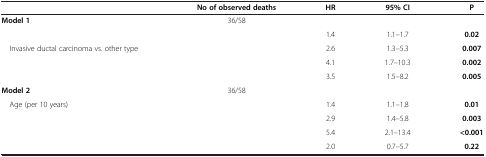
<table><thead><tr><td>[EMPTY_CELL]</td><td><b>No of observed deaths</b></td><td><b>HR</b></td><td><b>95% CI</b></td><td><b>P</b></td></tr></thead><tbody><tr><td><b>Model 1</b></td><td>36/58</td><td>[EMPTY_CELL]</td><td>[EMPTY_CELL]</td><td>[EMPTY_CELL]</td></tr><tr><td>[EMPTY_CELL]</td><td>[EMPTY_CELL]</td><td>1.4</td><td>1.1–1.7</td><td><b>0.02</b></td></tr><tr><td> Invasive ductal carcinoma vs. other type</td><td>[EMPTY_CELL]</td><td>2.6</td><td>1.3–5.3</td><td><b>0.007</b></td></tr><tr><td>[EMPTY_CELL]</td><td>[EMPTY_CELL]</td><td>4.1</td><td>1.7–10.3</td><td><b>0.002</b></td></tr><tr><td>[EMPTY_CELL]</td><td>[EMPTY_CELL]</td><td>3.5</td><td>1.5–8.2</td><td><b>0.005</b></td></tr><tr><td><b>Model 2</b></td><td>36/58</td><td>[EMPTY_CELL]</td><td>[EMPTY_CELL]</td><td>[EMPTY_CELL]</td></tr><tr><td> Age (per 10 years)</td><td>[EMPTY_CELL]</td><td>1.4</td><td>1.1–1.8</td><td><b>0.01</b></td></tr><tr><td>[EMPTY_CELL]</td><td>[EMPTY_CELL]</td><td>2.9</td><td>1.4–5.8</td><td><b>0.003</b></td></tr><tr><td>[EMPTY_CELL]</td><td>[EMPTY_CELL]</td><td>5.4</td><td>2.1–13.4</td><td><b>&lt;0.001</b></td></tr><tr><td>[EMPTY_CELL]</td><td>[EMPTY_CELL]</td><td>2.0</td><td>0.7–5.7</td><td><b>0.22</b></td></tr></tbody></table>